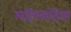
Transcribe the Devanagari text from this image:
महिलादिवा